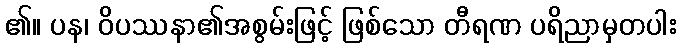
၏။ ပန၊ ဝိပဿနာ၏အစွမ်းဖြင့် ဖြစ်သော တီရဏ ပရိညာမှတပါး